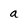
Character: a